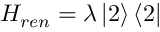
H _ { r e n } = \lambda \left\vert 2 \right\rangle \left\langle 2 \right\vert